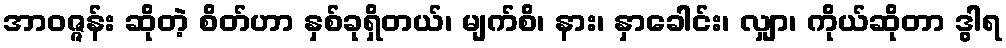
အာဝဇ္ဇန်း ဆိုတဲ့ စိတ်ဟာ နှစ်ခုရှိတယ်၊ မျက်စိ၊ နား၊ နှာခေါင်း၊ လျှာ၊ ကိုယ်ဆိုတာ ဒွါရ